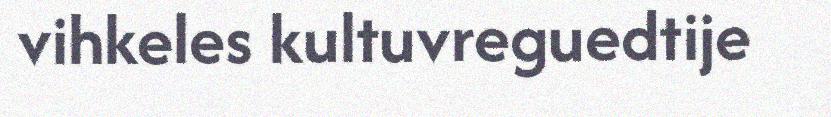
vihkeles kultuvreguedtije